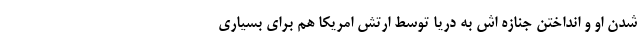
شدن او و انداختن جنازه اش به دریا توسط ارتش امریکا هم برای بسیاری